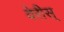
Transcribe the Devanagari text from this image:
वेरीस्